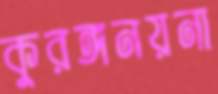
কুরঙ্গনয়না